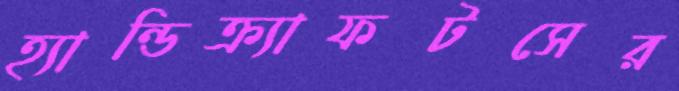
হ্যান্ডিক্র্যাফটসের